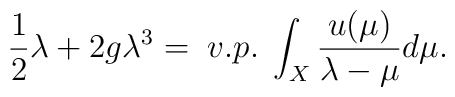
\frac 1 2\lambda+2g\lambda^3=\;v.p.\;\int_{X}\frac{u(\mu)}{\lambda-\mu}d\mu.